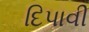
દિપાવી